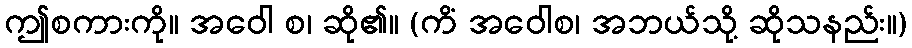
ဤစကားကို။ အဝေါ စ၊ ဆို၏။ (ကိံ အဝေါစ၊ အဘယ်သို့ ဆိုသနည်း။)